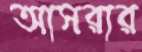
আসরার